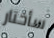
سأختار